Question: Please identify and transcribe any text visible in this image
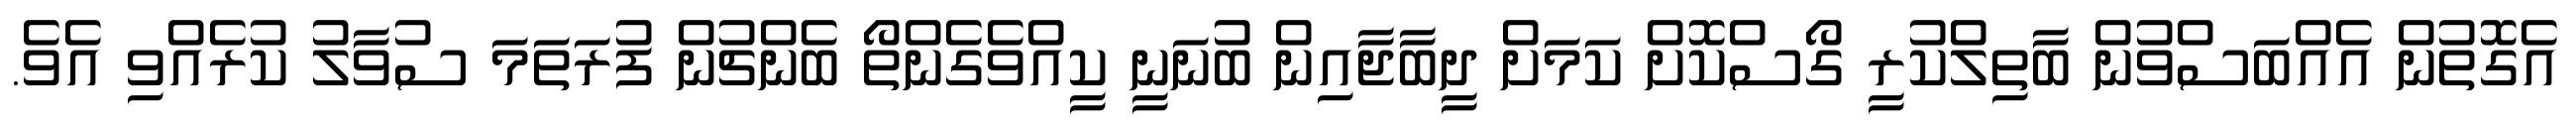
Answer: އެގޮތުން އެއްބަސްވުން ބާތިލްކުރީ ގޯސްކޮށް ކަމަށް ދީބާޖާއިން ބުނަނީ ކީއްވެގެންތޯ ބެންޗުން ފުރަތަމަ ސުވާލު ކުރެއްވި އެވެ.